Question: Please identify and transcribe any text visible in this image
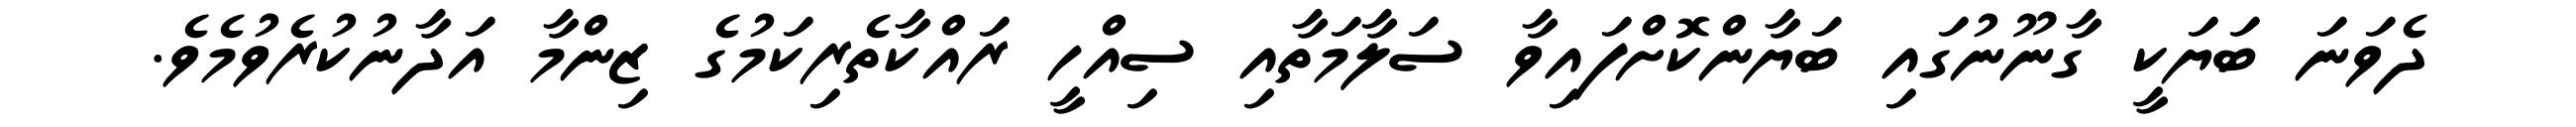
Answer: ދެވަނަ ބަޔަކީ ގާނޫނުގައި ބަޔާންކޮށްފައިވާ ސަލާމަތާއި ސިއްހީ ރައްކާތެރިކަމުގެ ޒިންމާ އަދާނުކުރެވުމެވެ.